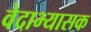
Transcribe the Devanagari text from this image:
वेदाभ्यासक